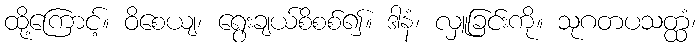
ထို့ကြောင့်။ ဝိစေယျ၊ ရွေးချယ်စိစစ်၍။ ဒါနံ၊ လှူခြင်းကို။ သုဂတပသတ္ထံ၊